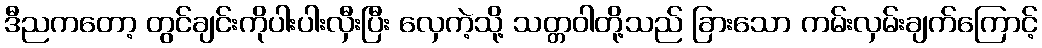
ဒီညကတော့ တွင်ချင်းကိုပါးပါးလှီးပြီး လှေကဲ့သို့ သတ္တဝါတို့သည် ခြားသော ကမ်းလှမ်းချက်ကြောင့်